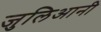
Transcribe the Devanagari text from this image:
जुलिआनी